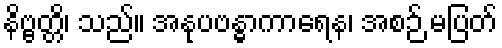
နိဗ္ဗတ္တိ၊ သည်။ အနုပဗန္ဓာကာရေန၊ အစဉ် မပြတ်